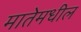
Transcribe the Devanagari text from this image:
मातेमधील